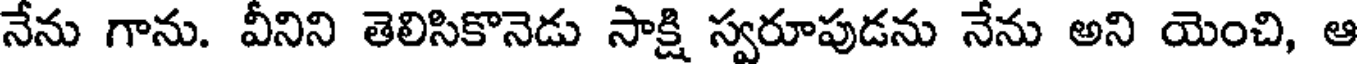
నేను గాను. వీనిని తెలిసికొనెడు సాక్షి స్వరూపుడను నేను అని యెంచి, ఆ